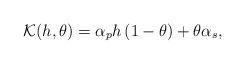
LaTeX: \begin{align*} {\cal K}(h,\theta) = \alpha_p h \left(1-\theta\right) + \theta \alpha_s,\end{align*}